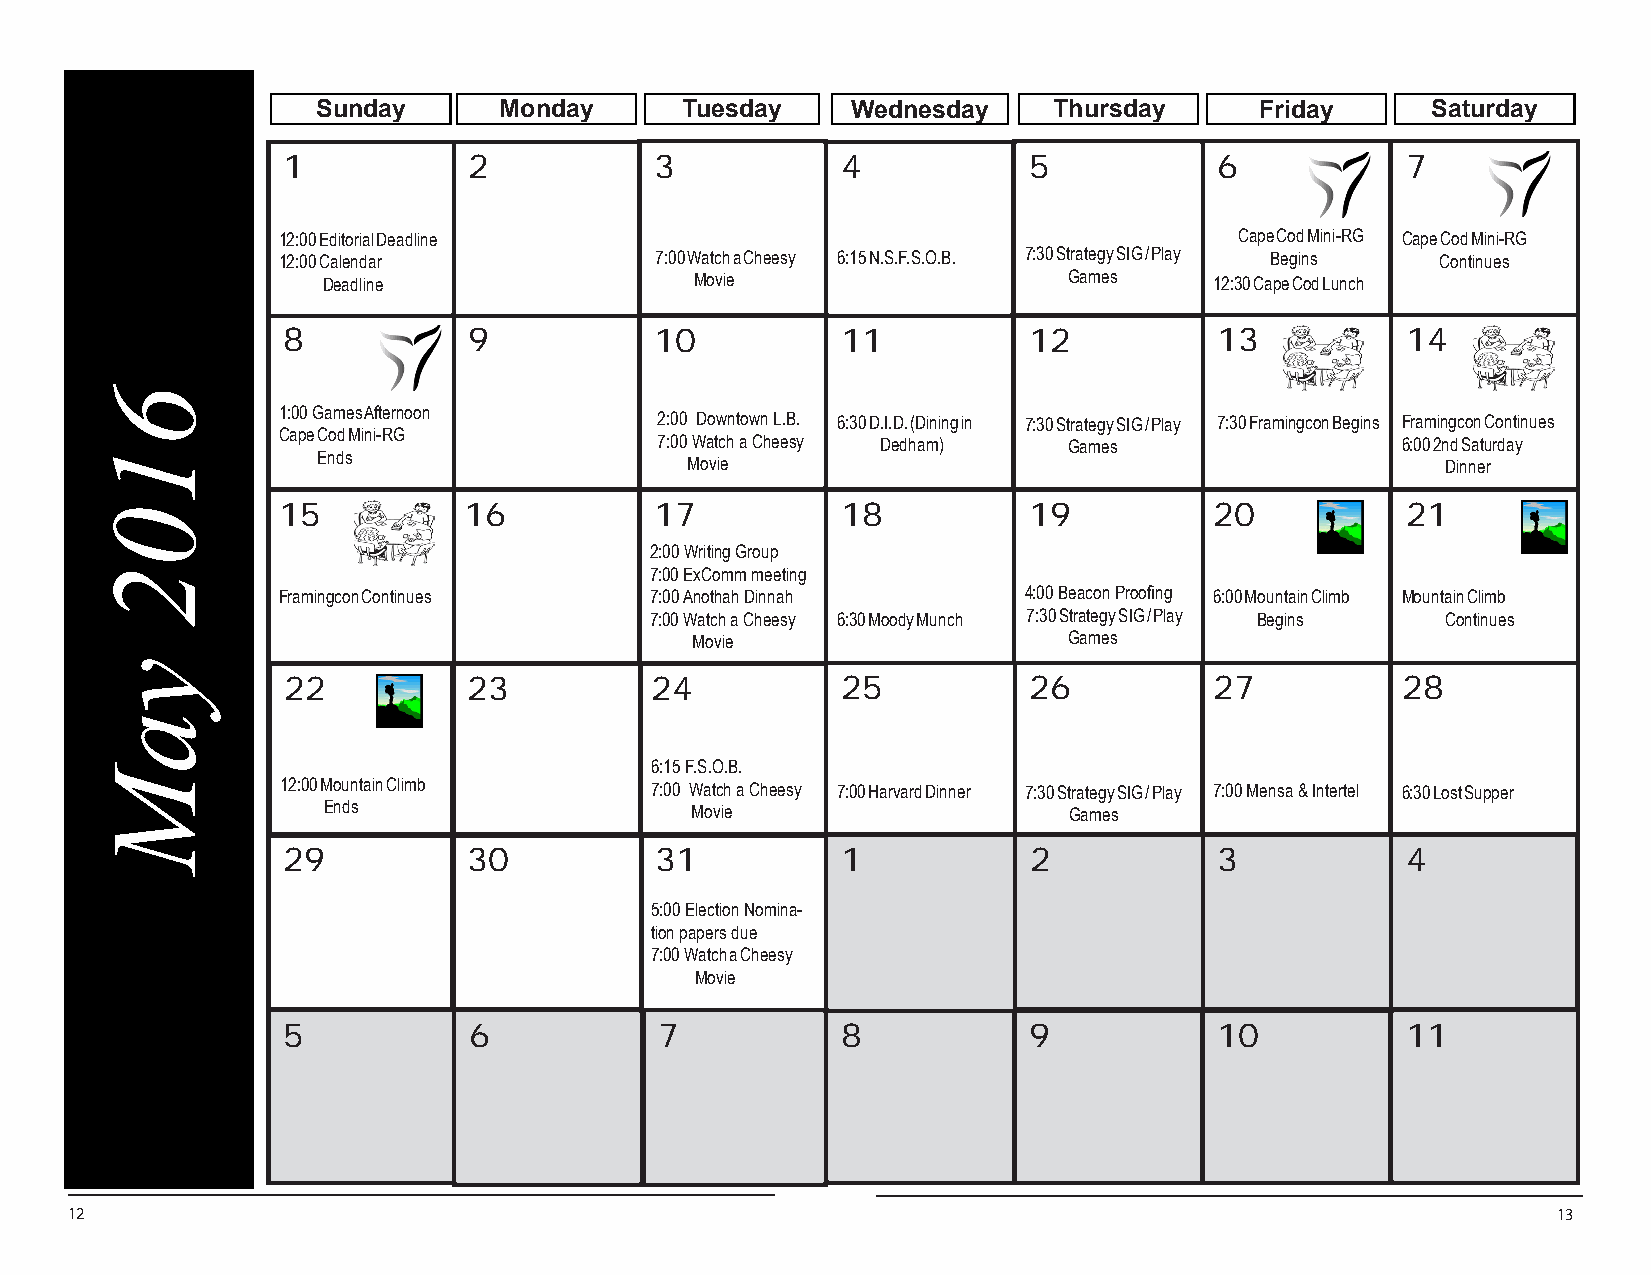
Sunday      Monday      Tuesday    Wednesday     Thursday     Friday      Saturday
 1           2           3            4           5            6           170
 12:00 Editorial Deadline                                        Cape Cod Mini-RG 6C:a0p0e N Ceowd M Meinmi-bReGrs'
 12:00 Calendar           7:00 Watch a Cheesy 6:15 N.S.F.S.O.B. 7:30 Strategy SIG / Play Begins Continues
 Deadline                 Movie                    Games    12:30 Cape Cod Lunch 3
 8           9           910          11          12           13          14
 1:00 Games Afternoon     7 :20:00 0A n Doothwanht oDwinnn aLh.B.
 6:30 D.I.D. (Dining in 7:30 Strategy SIG / Play 7:30 Framingcon Begins Framingcon Continues
 Cape Cod Mini-RG         7 7:0:000 W Waatctchh a aC Cheheeseys y Dedham) Games 6:00 2nd Saturday
 Ends                    M Moovvieie
 Dinner
 15           16          17           18          19          20           21
 2:00 Writing Group
 7:00 ExComm meeting
 Framingcon Continues     7:00 Anothah Dinnah      4:00 Beacon Proofing 6:00 Mountain Climb Mountain Climb
 7:00 Watch a Cheesy 6:30 Moody Munch 7:30 Strategy SIG / Play Begins Continues
 Movie                    Games
 22          23          24           25          26          27           28
 6:15 F.S.O.B.
 12:00 Mountain Climb    7:00 Watch a Cheesy 7:00 Harvard Dinner 7:30 Strategy SIG / Play 7:00 Mensa & Intertel 6:30 Lost Supper
 Ends                     Movie                    Games
 29          30          31           127         228          239         340
 5:00 Election Nomina-
 tion papers due
 7:00 Watch a Cheesy 6:30 Harvard Dinner 7:30 Strategy SIG / Play 6:30 Lost Supper
 Movie                    Games
 351          6           371          8           9            10          11
 7:00 Anothah Dinnah
 7 : 00 Watch a Cheesy
 Movie
 12                                                                                                 13
 6102
 yaM